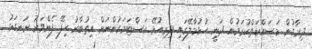
ދިރާގުން މަސައްކަތްކުރަމުން ދަނީ ހުޅުމާލޭގައި ދިރިއުޅޭ ކަސްޓަމަރުންނަށް އިތުބާރު ހިފޭ ފެންވަރު ރަނގަޅު